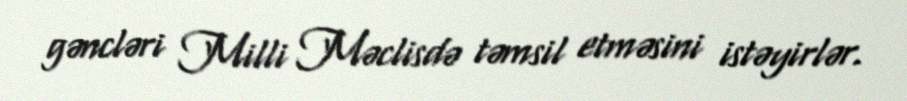
gəncləri Milli Məclisdə təmsil etməsini istəyirlər.